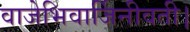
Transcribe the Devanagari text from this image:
वाजेभिवार्जिनीवती।